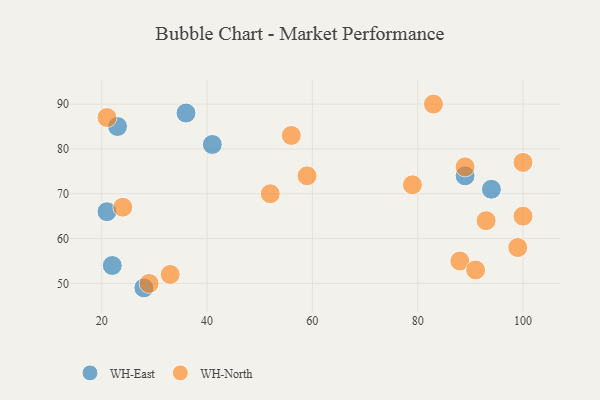
{"axis": {"x": "GDP", "y": "Life Expectancy"}, "legend": ["WH-East", "WH-North"], "data": [{"x": "94", "y": 71, "type": "WH-East"}, {"x": "36", "y": 88, "type": "WH-East"}, {"x": "21", "y": 66, "type": "WH-East"}, {"x": "28", "y": 49, "type": "WH-East"}, {"x": "89", "y": 74, "type": "WH-East"}, {"x": "23", "y": 85, "type": "WH-East"}, {"x": "41", "y": 81, "type": "WH-East"}, {"x": "22", "y": 54, "type": "WH-East"}, {"x": "24", "y": 67, "type": "WH-North"}, {"x": "88", "y": 55, "type": "WH-North"}, {"x": "99", "y": 58, "type": "WH-North"}, {"x": "52", "y": 70, "type": "WH-North"}, {"x": "83", "y": 90, "type": "WH-North"}, {"x": "100", "y": 65, "type": "WH-North"}, {"x": "79", "y": 72, "type": "WH-North"}, {"x": "56", "y": 83, "type": "WH-North"}, {"x": "33", "y": 52, "type": "WH-North"}, {"x": "91", "y": 53, "type": "WH-North"}, {"x": "29", "y": 50, "type": "WH-North"}, {"x": "21", "y": 87, "type": "WH-North"}, {"x": "100", "y": 77, "type": "WH-North"}, {"x": "59", "y": 74, "type": "WH-North"}, {"x": "89", "y": 76, "type": "WH-North"}, {"x": "93", "y": 64, "type": "WH-North"}]}